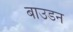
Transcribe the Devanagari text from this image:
बाउडन